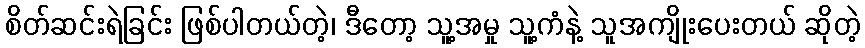
စိတ်ဆင်းရဲခြင်း ဖြစ်ပါတယ်တဲ့၊ ဒီတော့ သူ့အမှု သူ့ကံနဲ့ သူအကျိုးပေးတယ် ဆိုတဲ့